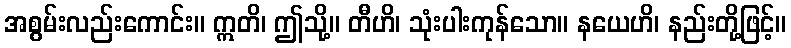
အစွမ်းလည်းကောင်း။ ဣတိ၊ ဤသို့။ တီဟိ၊ သုံးပါးကုန်သော။ နယေဟိ၊ နည်းတို့ဖြင့်။